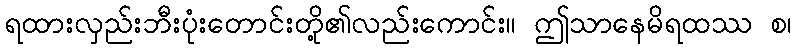
ရထားလှည်းဘီးပုံးတောင်းတို့၏လည်းကောင်း။ ဤသာနေမိရထဿ စ၊